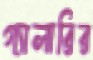
গ্যালারির